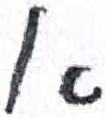
אות: א